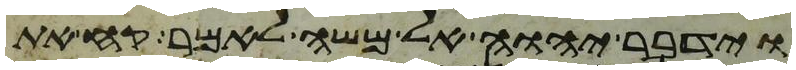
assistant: וידבר יהוה אל משה לאמר קח את